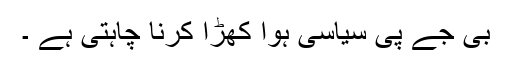
بی جے پی سیاسی ہوا کھڑا کرنا چاہتی ہے ۔